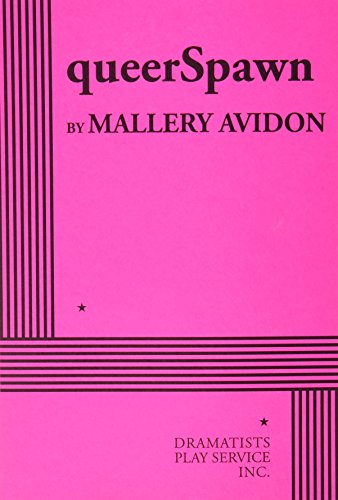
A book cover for QueerSpawn; Mallory Avidon; Literature & Fiction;